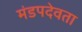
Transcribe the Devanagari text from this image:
मंडपदेवता